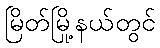
မြိတ်မြို့နယ်တွင်